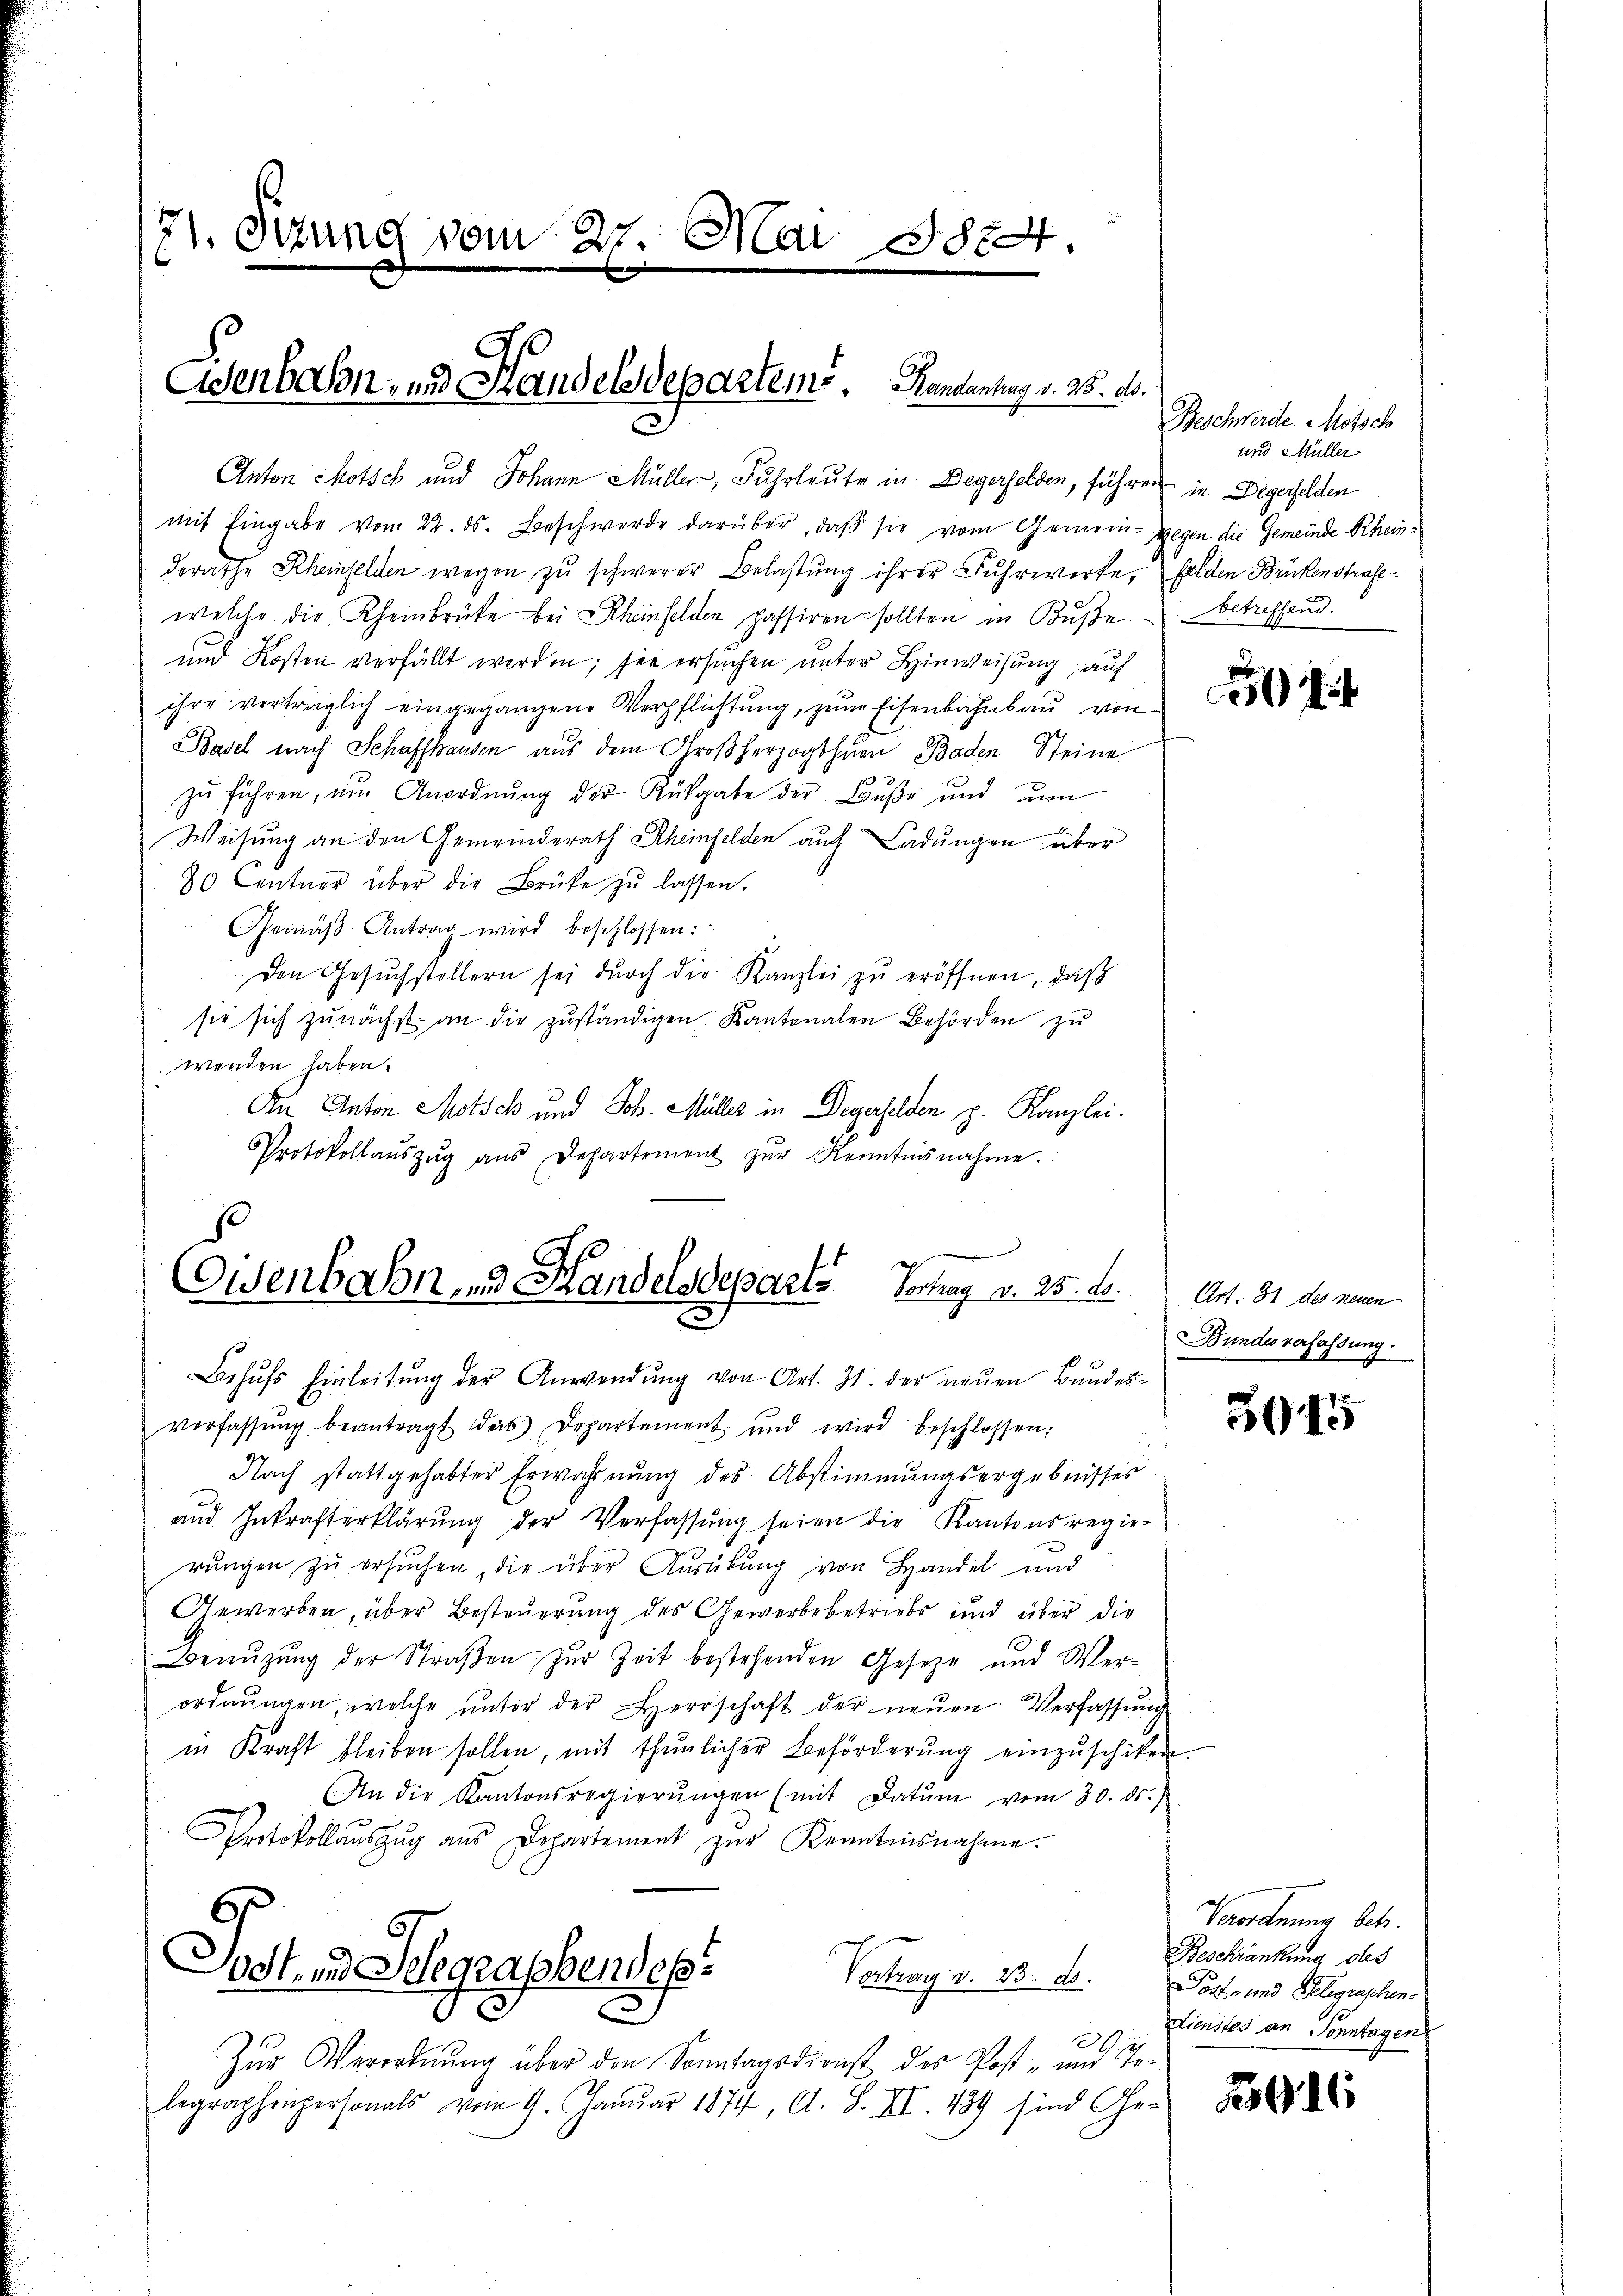
71. Sizung vom 27. Mai 1824.
E

Eisenbahn, und Handelsdepartems. Handantrag v. 25. ds.

Anton Motsch und Johann Müller, Fuhrleute in Degerfelden, führen in Degesselden
mit Eingabe vom 22. ds. Beschwerde darüber, daß sie vom Gemein- Gegen die Gemeinde Rheinderathe Rheinfelden wegen zu schwerer Belastung ihrer Fuhrwerke, Felden Brükenstrafe
welche die Rheinbrücke bei Rheinfelden passiren sollten in Bŭβe betreffend.
und Kosten verfällt worden; für ersuchen unter Hinweisung, auf
ihre verträglich eingegangene Verpflichtung, zum Eisenbahnbau von
Basel nach Schaffhausen aus dem Großherzogthuen Baden Steine
zu führen, um Anordnung der Rückgabe der Buße und um
Weisung an den Gemeinderath Rheinfelden auch Ladungen über
80 Centner über die Brüke zŭ lassen.
Gemäβ Antrag wird beschlossen:
Den Gesŭchstellern sei dŭrch die Kanzlei zŭ eröffnen, daβ
sie sich zunächst an die zuständigen Kantonalen Behörden zu
wenden haben.
An Anton Motsch und Joh. Müller in Degerfelden z. Kanzlei.
Protokollaŭszŭg aŭs Departement zŭr Kenntnisnahme.

Behŭfs Einleitŭng der Anwendung von Art. 31. der neuen Bundesverfassŭng beantragt das Departement und wird beschlossen:
Nach stattgehabter Erwähnung des Abstimmungsergebnisses
und Inkrafterklärŭng der Verfassŭng seien die Kantonsregie-
rungen zu ersuchen, die über Ausübung von Handel und
Gewerben, über Besteuerung des Gewerbebetriebs und über die
Benuzung der Straßen, zur Zeit bestehenden Gesetze und Werordnŭngen, welche ŭnter der Herrschaft der neŭen Verfassŭng
in Kraft bleiben sollen, mit thŭnlicher Beförderŭng einzŭschiken.
An die Kantonsregierŭngen (mit Datum vom 30. ds.)
Protokollaŭszŭg aŭs Departement zŭr Kenntnisnahme.
6
Todt und Gelegraphendep
Vortrag v. 23. ds Post- und Gelegraphen
Zur Verordnung über den Sonntagsdienst des Post- und Gelegraphenpersonals vom 9. Januar 1874, A. S. II. 439 sind Ge-

wenboon und Handelsdeparts Vortrag v. 25. ds. Art. 81 der einem

Beschwerde. Mossch
und Müller

zu
9

Bundes verfassung.

3045

Verordnung Oct.
Beschränkung des
Dienstes an Sonntagen

3916